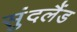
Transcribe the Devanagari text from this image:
सुंदलैंड